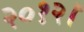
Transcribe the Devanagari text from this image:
२०१२।